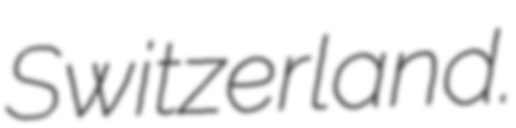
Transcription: Switzerland.